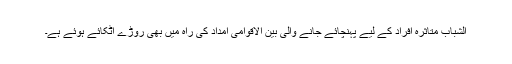
الشباب متاثرہ افراد کے لیے پہنچائے جانے والی بین الاقوامی امداد کی راہ میں بھی روڑے اٹکائے ہوئے ہے۔